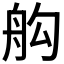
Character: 𦨛